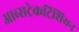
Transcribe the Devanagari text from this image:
आब्सट्रेकट्रिशियन